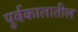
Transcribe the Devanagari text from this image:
पूर्वकालातील